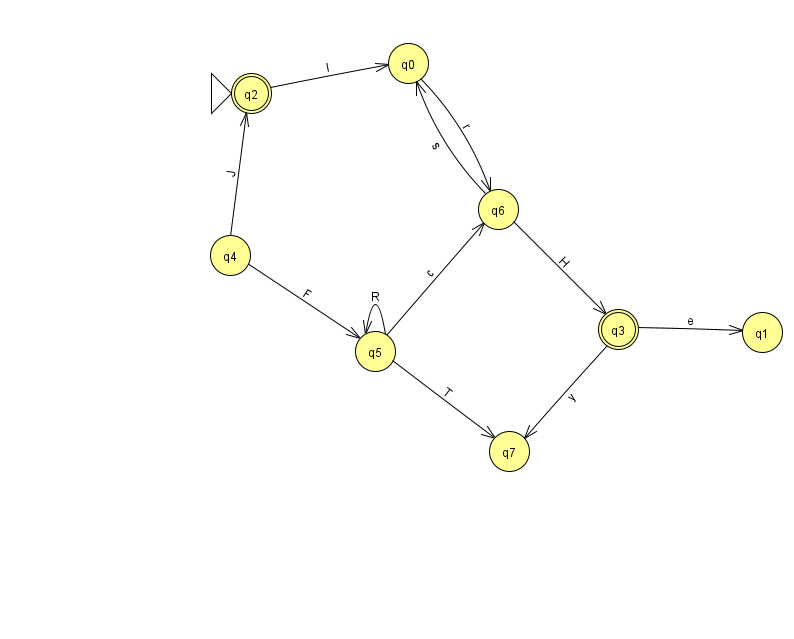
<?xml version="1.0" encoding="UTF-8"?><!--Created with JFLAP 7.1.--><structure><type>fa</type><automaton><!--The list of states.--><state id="0" name="q0"><x>408.0</x><y>50.0</y></state><state id="1" name="q1"><x>762.0</x><y>319.0</y></state><state id="2" name="q2"><x>251.0</x><y>80.0</y><initial/><final/></state><state id="3" name="q3"><x>618.0</x><y>316.0</y><final/></state><state id="4" name="q4"><x>230.0</x><y>242.0</y></state><state id="5" name="q5"><x>375.0</x><y>338.0</y></state><state id="6" name="q6"><x>498.0</x><y>196.0</y></state><state id="7" name="q7"><x>509.0</x><y>438.0</y></state><!--The list of transitions.--><transition><from>5</from><to>6</to><read>c</read></transition><transition><from>6</from><to>3</to><read>H</read></transition><transition><from>5</from><to>5</to><read>R</read></transition><transition><from>3</from><to>1</to><read>e</read></transition><transition><from>3</from><to>7</to><read>y</read></transition><transition><from>4</from><to>2</to><read>J</read></transition><transition><from>4</from><to>5</to><read>F</read></transition><transition><from>6</from><to>0</to><read>s</read></transition><transition><from>0</from><to>6</to><read>r</read></transition><transition><from>2</from><to>0</to><read>I</read></transition><transition><from>5</from><to>7</to><read>T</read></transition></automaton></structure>